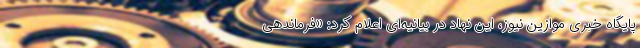
پایگاه خبری موازین نیوز، این نهاد در بیانیه‌ای اعلام کرد: «فرماندهی